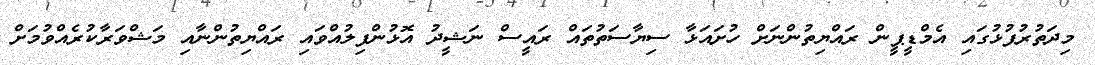
މިދަތުރުފުޅުގައި އެމްޑީޕީން ރައްޔިތުންނަށް ހުށައަޅާ ސިޔާސަތުތައް ރައީސް ނަޝީދު އޮޅުންފިލުއްވައި ރައްޔިތުންނާއި މަޝްވަރާކުރެއްވުމަށް